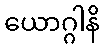
ယောဂ္ဂါနိ